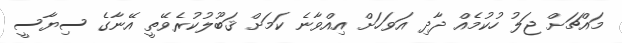
މައްޗަށް ޖަލު ހުކުމެއް ދާދި އަވަހަށް އިއްވާނެ ކަމަށް ޤަބޫލުކުރެވޭތީ އޭނާގެ ސިޔާސީ